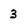
Character: 3